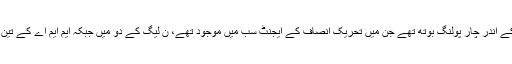
ایک پولنگ اسٹیشن کے اندر چار پولنگ بوتھ تھے جن میں تحریک انصاف کے ایجنٹ سب میں موجود تھے، ن لیگ کے دو میں جبکہ ایم ایم اے کے تین پولنگ ایجنٹ تھے ۔